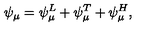
\psi _ { \mu } = \psi _ { \mu } ^ { L } + \psi _ { \mu } ^ { T } + \psi _ { \mu } ^ { H } ,